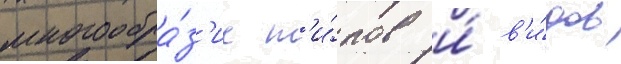
многообра́з'ие т'и́пов и́ в'и́дов